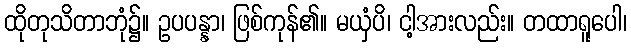
ထိုတုသိတာဘုံ၌။ ဥပပန္နာ၊ ဖြစ်ကုန်၏။ မယှံပိ၊ ငါ့အားလည်း။ တထာရူပေါ၊